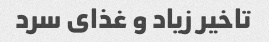
تاخیر زیاد و غذای سرد